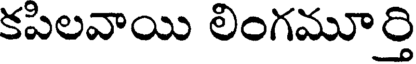
కపిలవాయి లింగమూర్తి